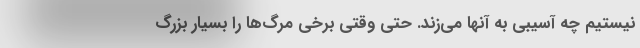
نیستیم چه آسیبی به آنها می‌زند. حتی وقتی برخی مرگ‌ها را بسیار بزرگ